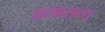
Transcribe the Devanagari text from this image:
प्रयासरत्